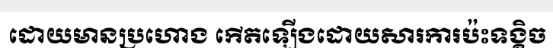
ដោយមានប្រហោង កើតឡើងដោយសារការប៉ះទង្គិច